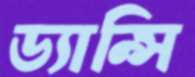
ড্যান্সি